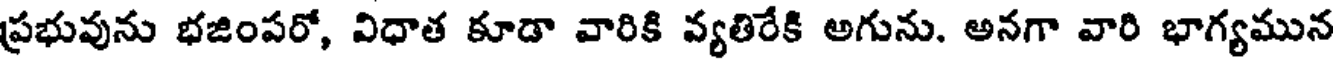
ప్రభువును భజింపరో, విధాత కూడా వారికి వ్యతిరేకి అగును. అనగా వారి భాగ్యమున